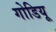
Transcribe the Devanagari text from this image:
गोडियू